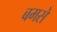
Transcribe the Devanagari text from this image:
बमसे